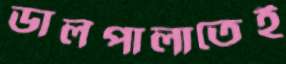
ডালপালাতেই